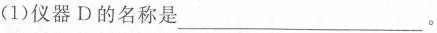
(1)仪器D的名称是___。